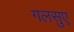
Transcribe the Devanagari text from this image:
गलसुए